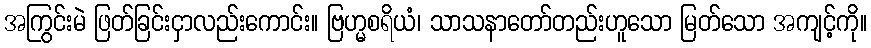
အကြွင်းမဲ ဖြတ်ခြင်းငှာလည်းကောင်း။ ဗြဟ္မစရိယံ၊ သာသနာတော်တည်းဟူသော မြတ်သော အကျင့်ကို။